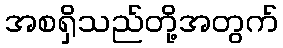
အစရှိသည်တို့အတွက်